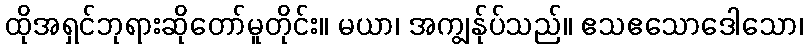
ထိုအရှင်ဘုရားဆိုတော်မူတိုင်း။ မယာ၊ အကျွန်ုပ်သည်။ ဧသဧသောဒေါသော၊